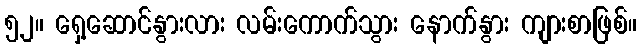
၅၂။ ရှေ့ဆောင်နွားလား လမ်းကောက်သွား နောက်နွား ကျားစာဖြစ်။